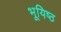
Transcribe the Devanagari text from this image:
भूयिष्ठ